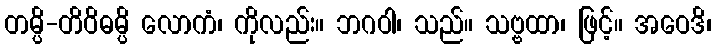
တမ္ပိ-တိဝိဓမ္ပိ လောကံ၊ ကိုလည်း။ ဘဂဝါ၊ သည်။ သဗ္ဗထာ၊ ဖြင့်။ အဝေဒိ၊